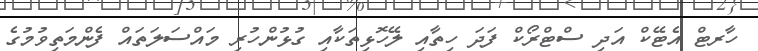
ހާރޓް އެޓޭކް އަދި ސްޓްރޯކް ފަދަ ހިތާއި ލޭހޮޅިތަކާއި ގުޅުންހުރި މައްސަލަތައް ފެންމަތިވުމުގެ